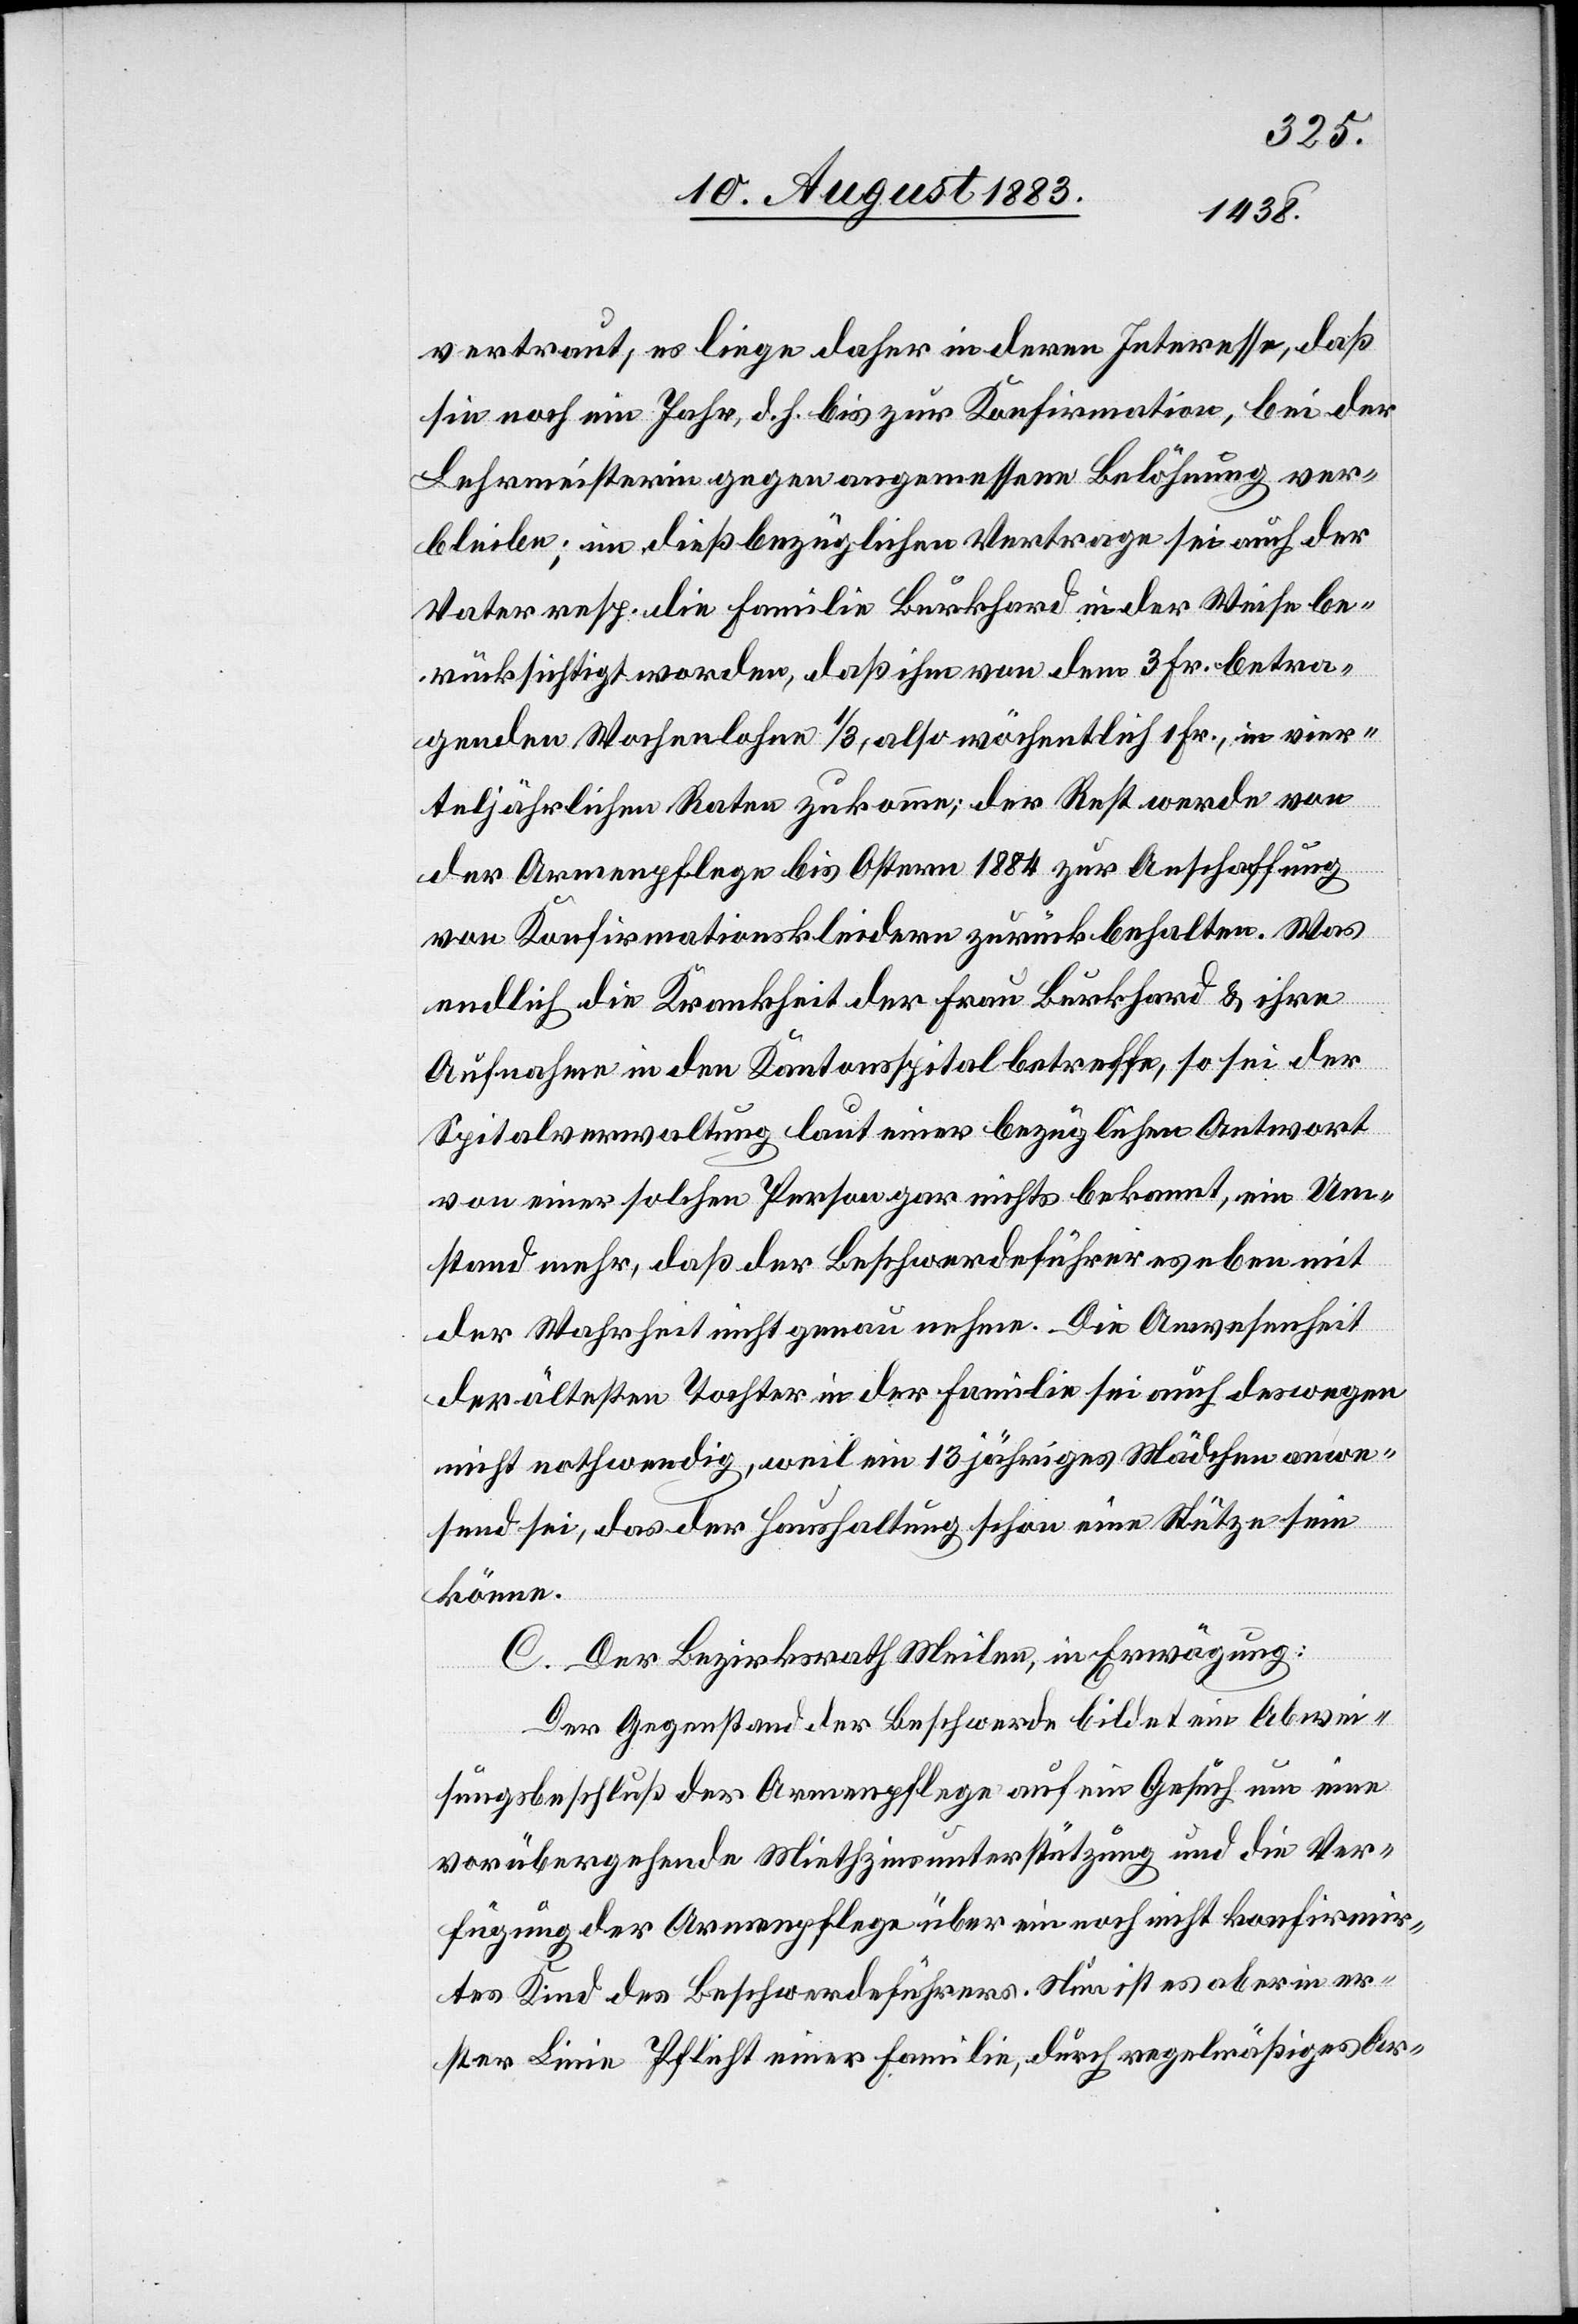
vertraut, es liege daher in deren Interesse, daß
sie noch ein Jahr, d. h. bis zur Konfirmation, bei der
Lehrmeisterin gegen angemessene Belöhnung ver¬
bleibe; im dießbezüglichen Vertrage sei auch der
Vater resp. die Familie Burkhard in der Weise be¬
rücksichtigt worden, daß ihm von den 3 Fr. betra¬
genden Wochenlohn 1/3, also wöchentlich 1 Fr., in vier¬
teljährlichen Raten zukomme; der Rest werde von
der Armenpflege bis Ostern 1884 zur Anschaffung
von Konfirmationskleidern zurückbehalten. Was
endlich die Krankheit der Frau Burkhard & ihre
Aufnahme in den Kantonsspital betreffe, so sei der
Spitalsverwaltung laut einer bezüglichen Antwort
von einer solchen Person gar nichts bekannt, ein Um¬
stand mehr, daß der Beschwerdeführer es eben mit
der Wahrheit nicht so genau nehme. Die Anwesenheit
der ältesten Tochter in der Familie sei auch deswegen
nicht nothwendig, weil ein 13 jähriges Mädchen anwe¬
send sei, das der Haushaltung schon eine Stütze sein
könne.
C. Der Bezirksrath Meilen, in Erwägung:
Der Gegenstand der Beschwerde bildet ein Abwei¬
sungsbeschluß der Armenpflege auf ein Gesuch um eine
vorübergehende Miethzinsunterstützung und die Ver¬
fügung der Armenpflege über ein noch nicht konfirmir¬
tes Kind des Beschwerdeführers. Nun ist es aber in er¬
ster Linie Pflicht einer Familie, durch regelmäßiges Ar-